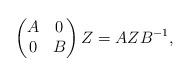
LaTeX: \begin{align*}\begin{pmatrix}A & 0 \\0 & B\end{pmatrix} Z = AZB^{-1},\end{align*}